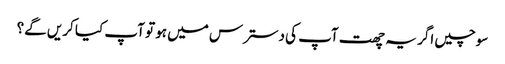
سوچیں اگر یہ چھت آپ کی دسترس میں ہو تو آپ کیا کریں گے؟